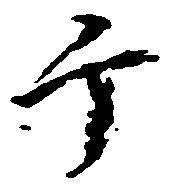
ヶ